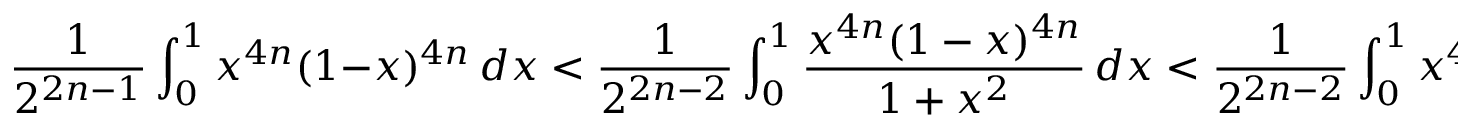
{ \frac { 1 } { 2 ^ { 2 n - 1 } } } \int _ { 0 } ^ { 1 } x ^ { 4 n } ( 1 - x ) ^ { 4 n } \, d x < { \frac { 1 } { 2 ^ { 2 n - 2 } } } \int _ { 0 } ^ { 1 } { \frac { x ^ { 4 n } ( 1 - x ) ^ { 4 n } } { 1 + x ^ { 2 } } } \, d x < { \frac { 1 } { 2 ^ { 2 n - 2 } } } \int _ { 0 } ^ { 1 } x ^ { 4 n } ( 1 - x ) ^ { 4 n } \, d x ,